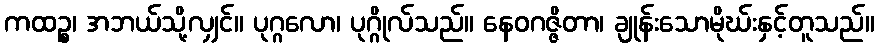
ကထဉ္စ၊ အဘယ်သို့လျှင်။ ပုဂ္ဂလော၊ ပုဂ္ဂိုလ်သည်။ နေဝဂဇ္ဇိတာ၊ ချုန်းသောမိုဃ်းနှင့်တူသည်။